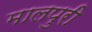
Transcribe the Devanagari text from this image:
मालपुरी